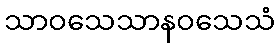
သာဝသေသာနဝသေသံ